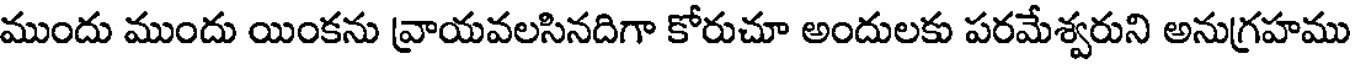
ముందు ముందు యింకను వ్రాయవలసినదిగా కోరుచూ అందులకు పరమేశ్వరుని అనుగ్రహము